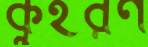
কুহরণ